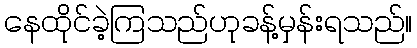
နေထိုင်ခဲ့ကြသည်ဟုခန့်မှန်းရသည်။